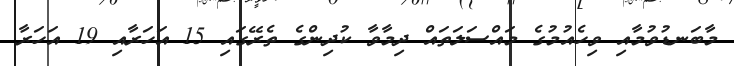
މާބަނޑުވުމާއި ވިހެއުމުގެ މައްސަލަތައް ދިމާވާ ކުދިންގެ ތެރޭގައި 15 އަހަރާއި 19 އަހަރާ